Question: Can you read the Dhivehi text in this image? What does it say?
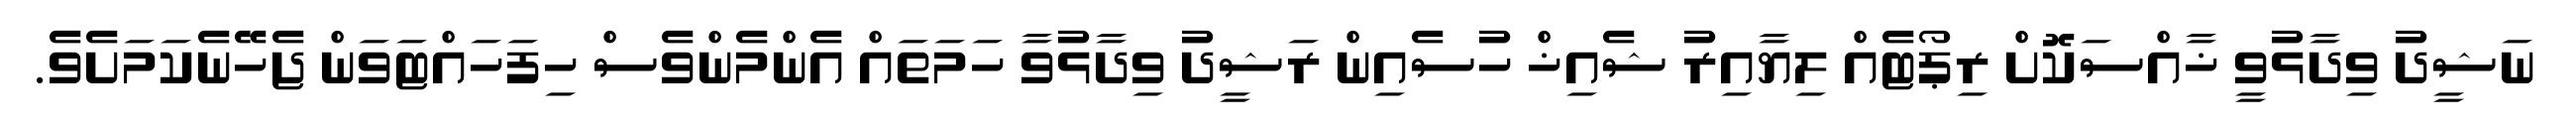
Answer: ނަޝީދު ވިދާޅުވީ ޚާއްސަކޮށް ރިޕޯޓެއް ލިޔާއިރު ޝެއިޚް ހުސެއިން ރަޝީދު ވިދާޅުވާ ހަމަތައް އެންމެންވެސް ހިފަހައްޓަވަން ޖެހޭނެކަމަށެވެ.